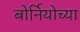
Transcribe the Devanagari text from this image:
बोर्नियोच्या